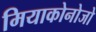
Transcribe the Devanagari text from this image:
मियाकोनोजो